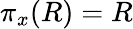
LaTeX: \pi_{x}(R)=R